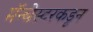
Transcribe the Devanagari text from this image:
मॅन्चेस्टरकडून